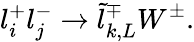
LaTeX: l_{i}^{+}l_{j}^{-}\rightarrow\tilde{l}_{k,L}^{\mp}W^{\pm}.